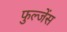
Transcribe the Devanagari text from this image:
फुल्जेंस